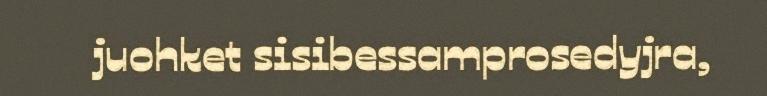
juohket sisibessamprosedyjra,